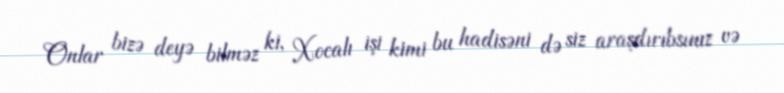
Onlar bizə deyə bilməz ki, Xocalı işi kimi bu hadisəni də siz araşdırıbsınız və